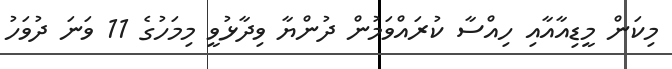
މިކަން މީޑިއާއާއި ހިއްސާ ކުރައްވަމުން ދުންޔާ ވިދާޅުވީ މިމަހުގެ 11 ވަނަ ދުވަހު